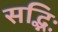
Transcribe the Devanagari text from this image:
सद्भिः